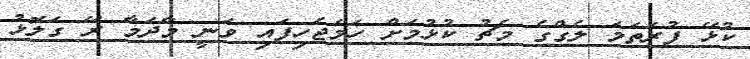
ކުޅޭ ފުރަތަމަ ލެގްގެ މެޗު ކުޅުމަށް ހަމަޖެހިފައި ވަނީ މާދަމާ ރޭ ގަލޮޅު